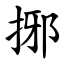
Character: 捓